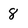
Character: 8